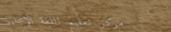
مركز تعليم اللغة الإنجليز